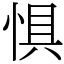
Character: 惧